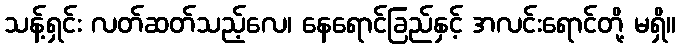
သန့်ရှင်း လတ်ဆတ်သည့်လေ၊ နေရောင်ခြည်နှင့် အလင်းရောင်တို့ မရှိ။